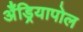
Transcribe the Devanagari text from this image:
अँड्रियापोल